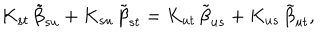
K _ { s t } \, { \tilde { \beta } } _ { s u } + K _ { s u } \, { \tilde { \beta } } _ { s t } = K _ { u t } \, { \tilde { \beta } } _ { u s } + K _ { u s } \, { \tilde { \beta } } _ { u t } ,